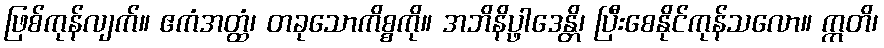
ဖြစ်ကုန်လျက်။ ဧကံအတ္ထံ၊ တခုသောကိစ္စကို။ အဘိနိပ္ဖာဒေန္တိ၊ ပြီးစေနိုင်ကုန်သလော။ ဣတိ၊